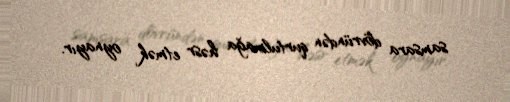
samsara dövründən qurtulmağa həsr etmək oynayır.